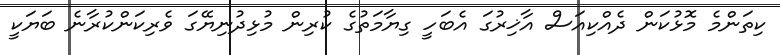
ކިތަންމެ މޮޅުކަން ދެއްކިއަސް އާޚިރުގަ އެބަހީ ގިޔާމަތުގެ ކުރިން މުޅިދުނިޔޭގަ ވެރިކަންކުރާނެ ބަޔަކީ